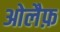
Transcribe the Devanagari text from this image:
ओलैफ़